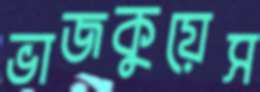
ভাজকুয়েস